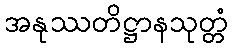
အနုဿတိဋ္ဌာနသုတ္တံ